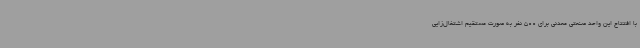
با افتتاح این واحد صنعتی معدنی برای 500 نفر به صورت مستقیم اشتغال‌زایی